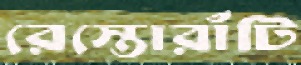
রেস্তোরাঁটি